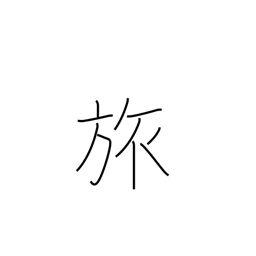
Meaning: travel